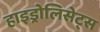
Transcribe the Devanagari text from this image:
हाइड्रोलिसेट्स